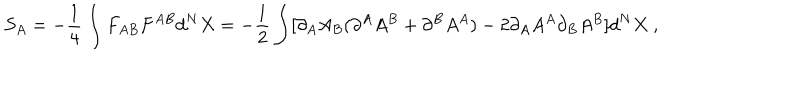
LaTeX: S _ { A } = - \frac { 1 } { 4 } \int F _ { A B } F ^ { A B } d ^ { N } X = - \frac { 1 } { 2 } \int [ \partial _ { A } A _ { B } ( \partial ^ { A } A ^ { B } + \partial ^ { B } A ^ { A } ) - 2 \partial _ { A } A ^ { A } \partial _ { B } A ^ { B } ] d ^ { N } X ~ ,